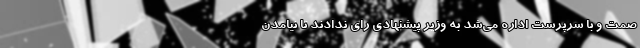
صمت و با سرپرست اداره می‌شد به وزیر پیشنهادی رای ندادند تا نیامدن